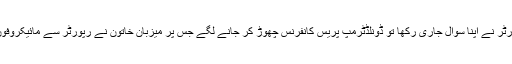
لیکن رپورٹر نے اپنا سوال جاری رکھا تو ڈونلڈٹرمپ پریس کانفرنس چھوڑ کر جانے لگے جس پر میزبان خاتون نے رپورٹر سے مائیکروفون لے لیا ۔